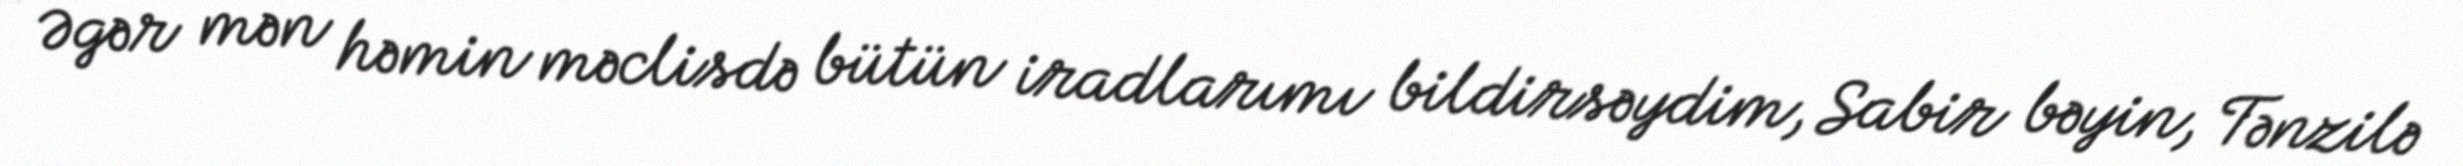
- Əgər mən həmin məclisdə bütün iradlarımı bildirsəydim, Sabir bəyin, Tənzilə